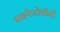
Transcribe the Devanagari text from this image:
साइनेप्टोसोमों